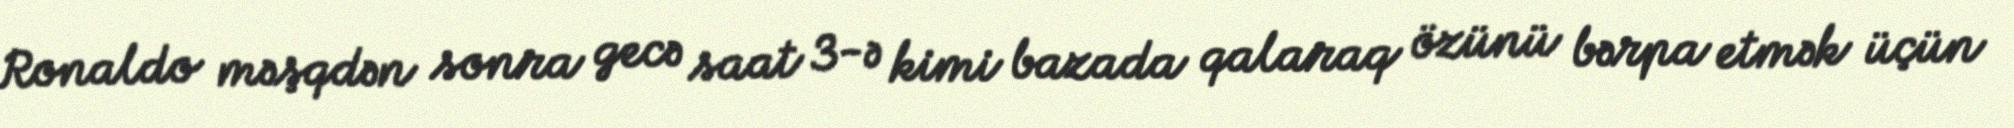
Ronaldo məşqdən sonra gecə saat 3-ə kimi bazada qalaraq özünü bərpa etmək üçün